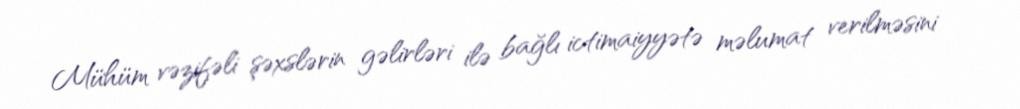
Mühüm vəzifəli şəxslərin gəlirləri ilə bağlı ictimaiyyətə məlumat verilməsini